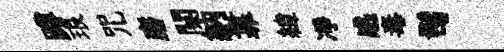
蹲琅咒磨闋納靠緯凈感毒髩